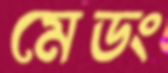
মেডং